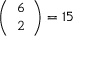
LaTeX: { \left( \begin{array} { l } { 6 } \\ { 2 } \end{array} \right) } = 1 5